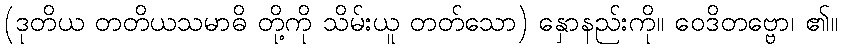
(ဒုတိယ တတိယသမာဓိ တို့ကို သိမ်းယူ တတ်သော) နှောနည်းကို။ ဝေဒိတဗ္ဗော၊ ၏။